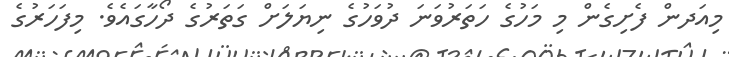
މިއަދން ފެށިގެން މި މަހުގެ ހަތަރުވަނަ ދުވަހުގެ ނިޔަލަށް ގަތަރުގެ ދޯހާގައެވެ. މިފަހަރުގެ